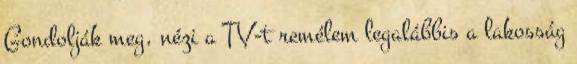
Gondolják meg, nézi a TV-t remélem legalábbis a lakosság